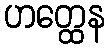
ဟတ္ထေန